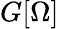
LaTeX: G[\Omega]